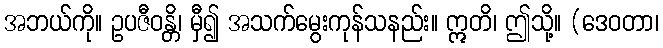
အဘယ်ကို။ ဥပဇီဝန္တိ၊ မှီ၍ အသက်မွေးကုန်သနည်း။ ဣတိ၊ ဤသို့။ (ဒေဝတာ၊